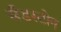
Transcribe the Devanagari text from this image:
सँडस्टोन